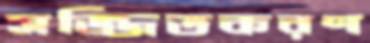
সজ্জিতকরণ